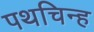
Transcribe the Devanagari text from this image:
पथचिन्ह